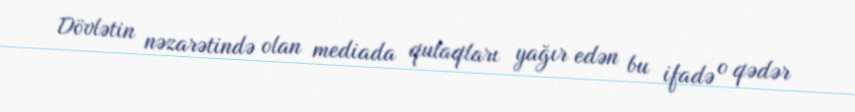
Dövlətin nəzarətində olan mediada qulaqları yağır edən bu ifadə o qədər